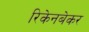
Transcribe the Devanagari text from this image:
रिकेनबेकर